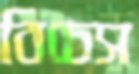
বিচেস